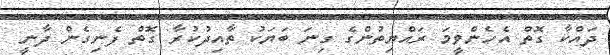
ދައްކާ ގޮތް އެހެންވީމަ ރައްޔިތުންގެ ގިނަ ބަޔަކު ތާއިދުކުރާ ގޮތް ފެނިގެން ދާނީ